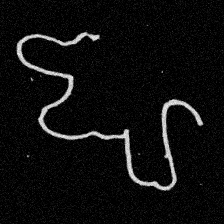
Pyu character \u2014 Myanmar letter: ဈ (romanized: jha)